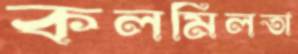
কলমিলতা